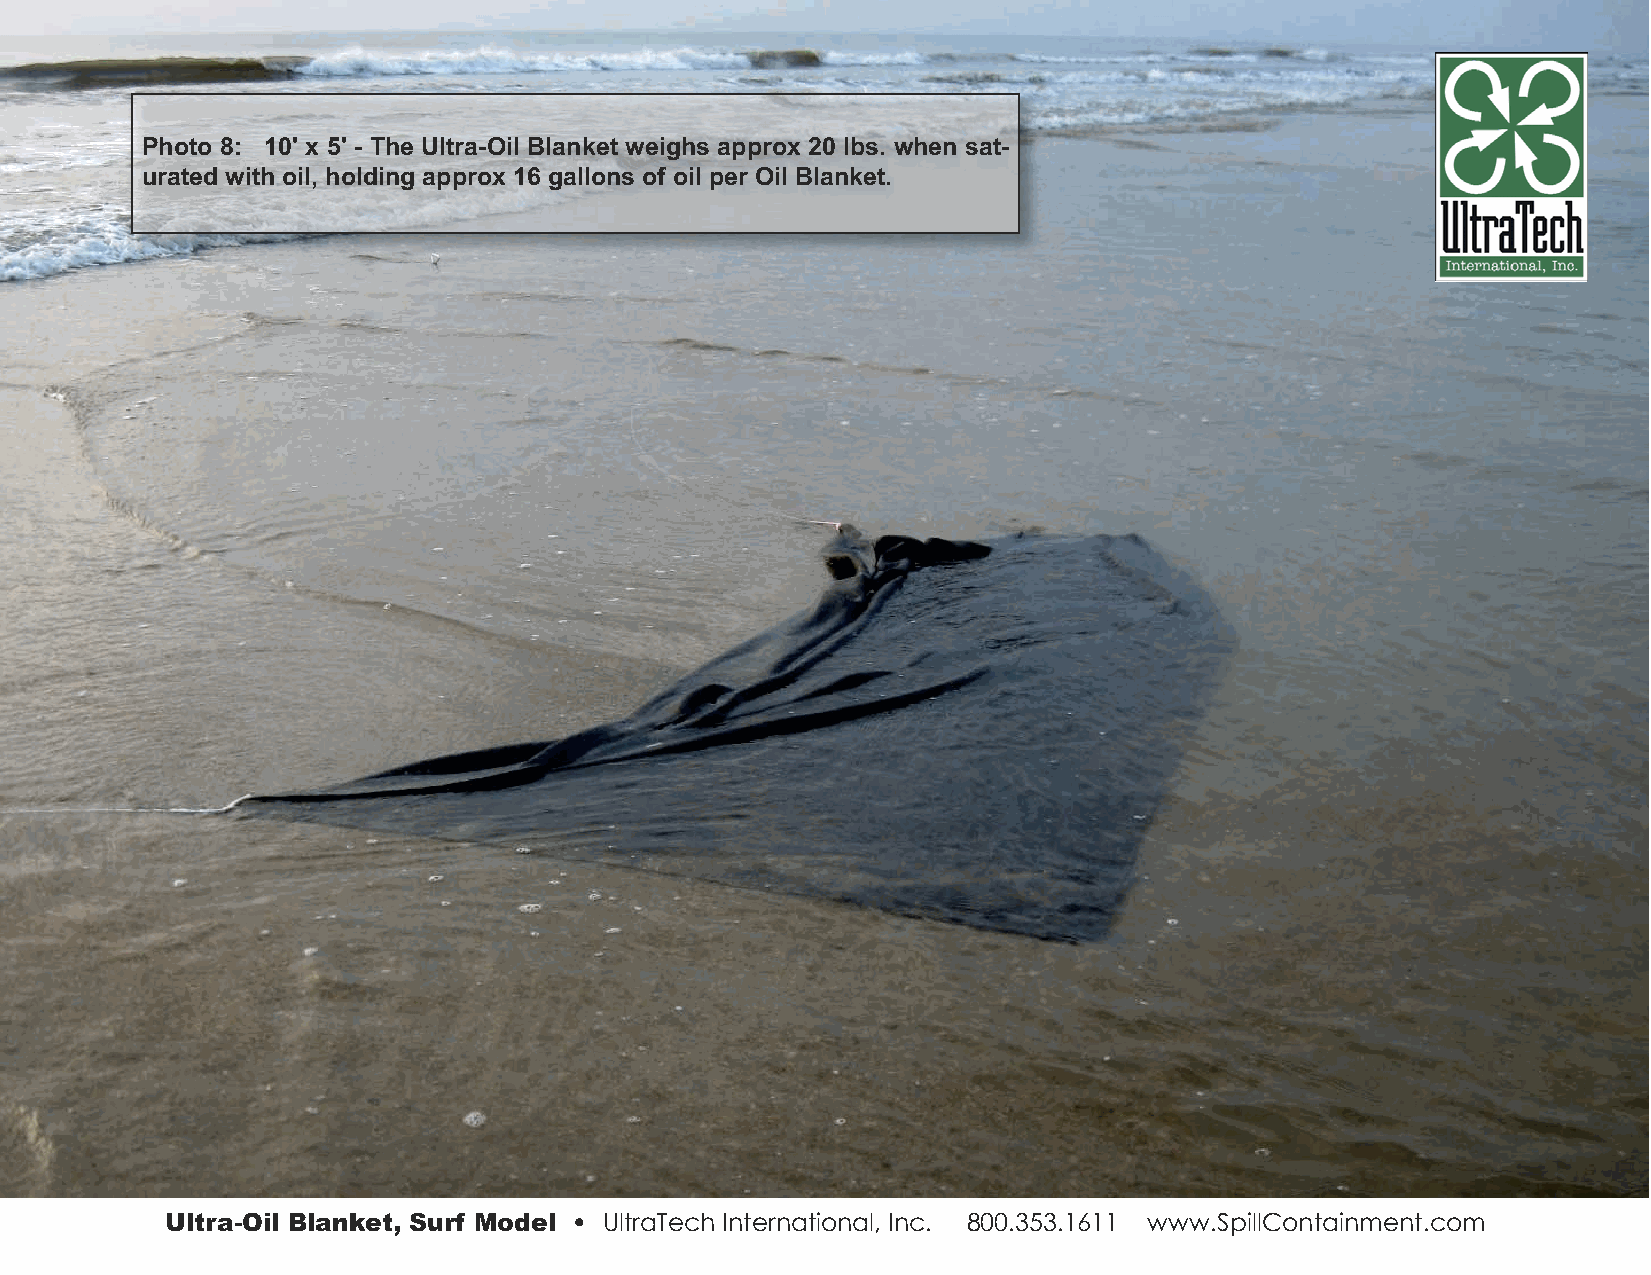
Photo 8: 10' x 5' - The Ultra-Oil Blanket weighs approx 20 lbs. when sat-
 urated with oil, holding approx 16 gallons of oil per Oil Blanket.
 Ultra-Oil Blanket, Surf Model • UltraTech International, Inc. 800.353.1611 www.SpillContainment.com